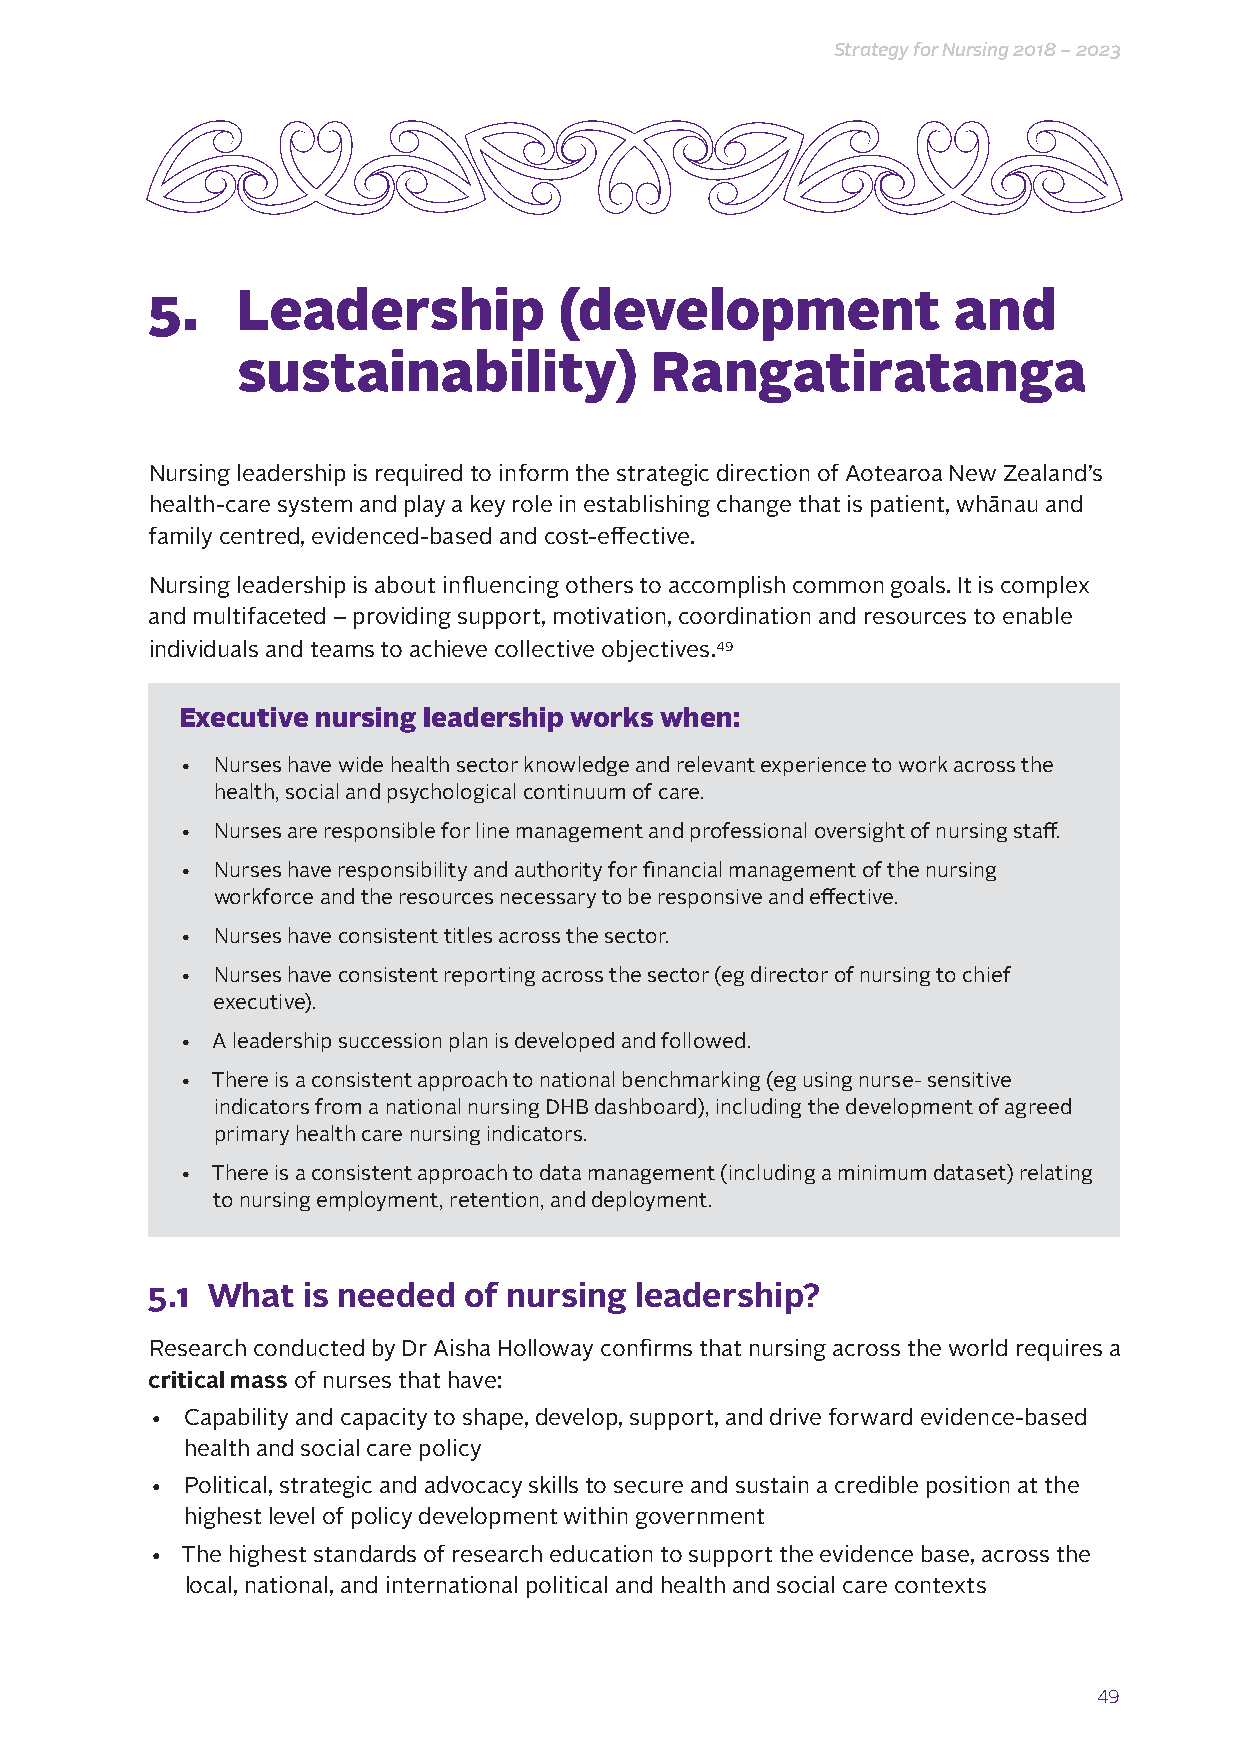
Strategy for Nursing 2018 – 2023
 5.    Leadership           (development              and
 sustainability)            Rangatiratanga
 Nursing leadership is required to inform the strategic direction of Aotearoa New Zealand’s
 health-care system and play a key role in establishing change that is patient, whānau and
 family centred, evidenced-based and cost-effective.
 Nursing leadership is about influencing others to accomplish common goals. It is complex
 and multifaceted – providing support, motivation, coordination and resources to enable
 individuals and teams to achieve collective objectives.49
 Executive nursing leadership works when:
 • Nurses have wide health sector knowledge and relevant experience to work across the
 health, social and psychological continuum of care.
 • Nurses are responsible for line management and professional oversight of nursing staff.
 • Nurses have responsibility and authority for financial management of the nursing
 workforce and the resources necessary to be responsive and effective.
 • Nurses have consistent titles across the sector.
 • Nurses have consistent reporting across the sector (eg director of nursing to chief
 executive).
 • A leadership succession plan is developed and followed.
 • There is a consistent approach to national benchmarking (eg using nurse- sensitive
 indicators from a national nursing DHB dashboard), including the development of agreed
 primary health care nursing indicators.
 • There is a consistent approach to data management (including a minimum dataset) relating
 to nursing employment, retention, and deployment.
 5.1 What  is needed  of nursing leadership?
 Research conducted by Dr Aisha Holloway confirms that nursing across the world requires a
 critical mass of nurses that have:
 • Capability and capacity to shape, develop, support, and drive forward evidence-based
 health and social care policy
 • Political, strategic and advocacy skills to secure and sustain a credible position at the
 highest level of policy development within government
 • The highest standards of research education to support the evidence base, across the
 local, national, and international political and health and social care contexts
 49